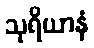
သုရိယာနံ